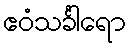
ဧဝံသင်္ခါရော